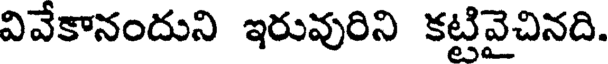
వివేకానందుని ఇరువురిని కట్టివైచినది.